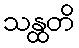
သန္ထတိ